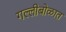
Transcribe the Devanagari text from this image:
गल्लीबोळात